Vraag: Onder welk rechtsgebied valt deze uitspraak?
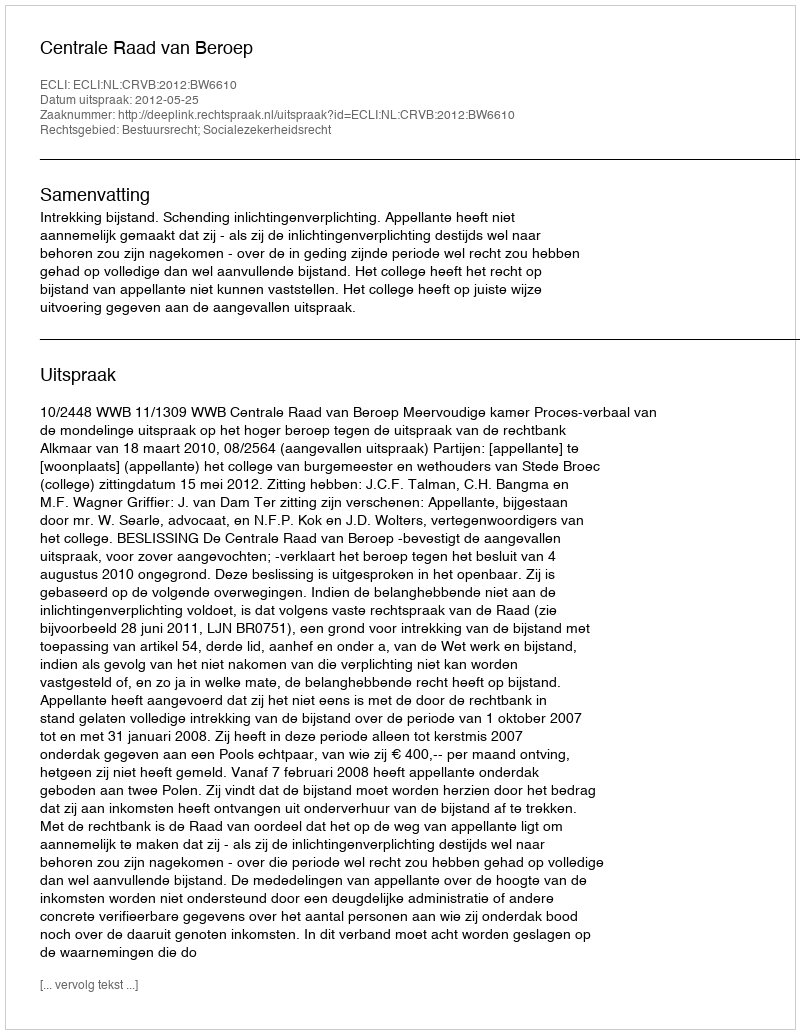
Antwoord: Bestuursrecht; Socialezekerheidsrecht